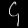
Digit: ၄